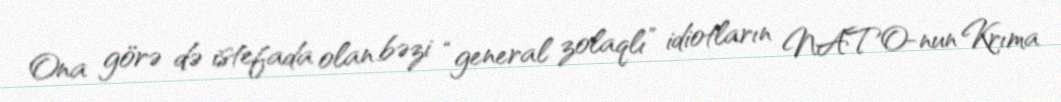
Ona görə də istefada olan bəzi “general zolaqlı” idiotların NATO-nun Krıma